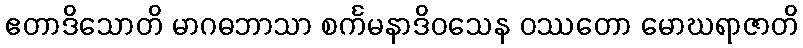
ဧတာဒိသောတိ မာဂဓဘာသာ စင်္ကမနာဒိဝသေန ဝဿတော မောဃရာဇာတိ